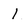
Character: l